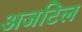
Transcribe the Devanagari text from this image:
अजटिल